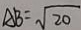
A B = \sqrt { 2 0 }